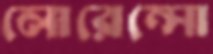
লোরেন্সো